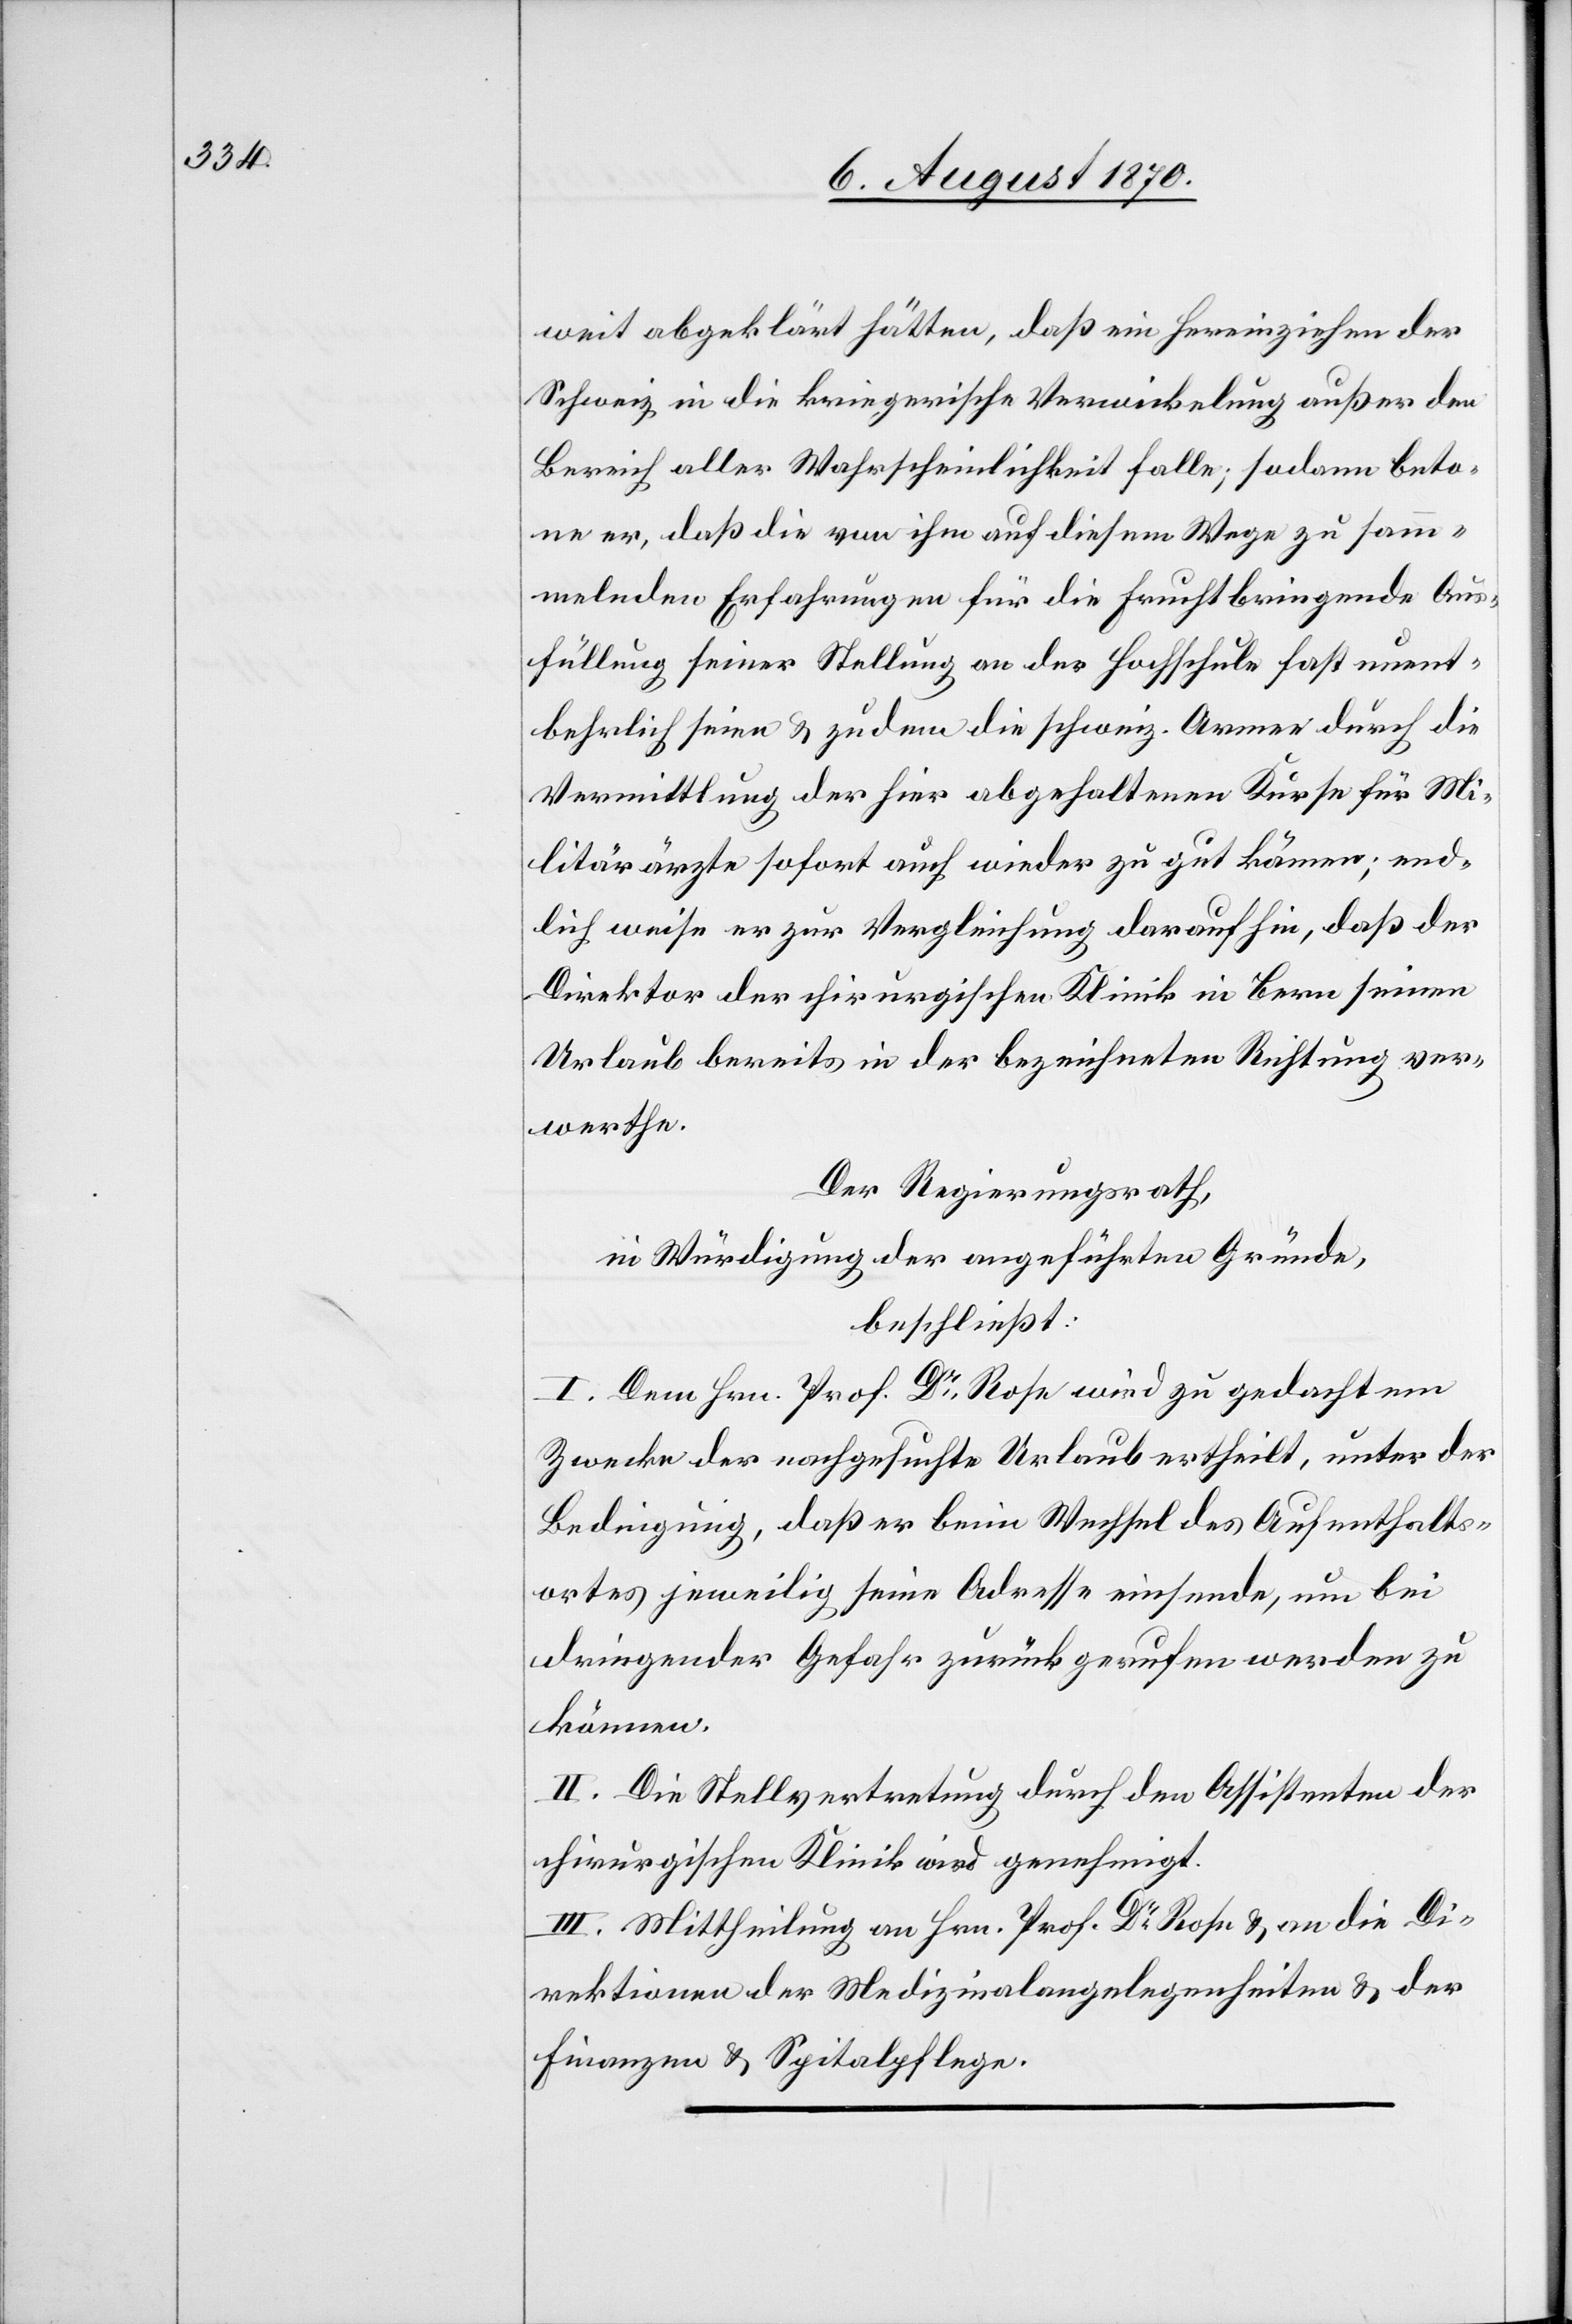
weit abgeklärt hätten, daß ein Hereinziehen der
Schweiz in die kriegerische Verwickelung außer den
Bereich aller Wahrscheinlichkeit falle; sodann beto¬
ne er, daß die von ihm auf diesem Wege zu sam¬
melnden Erfahrungen für die fruchtbringende Aus¬
füllung seiner Stellung an der Hochschule fast unent¬
behrlich seien & zudem die schweiz. Armee durch die
Vermittlung der hier abgehaltenen Kurse für Mi¬
litärärzte sofort auch wieder zu gut kämen
endlich weise er zur Vergleichung darauf hin, daß der
Direktor der chirurgischen Klinik in Bern seinen
Urlaub bereits in der bezeichneten Richtung ver¬
werthe.
Der Regierungsrath,
in Würdigung der angeführten Gründe,
beschließt:
I. Dem Hrn. Prof. Dr Rose wird zu gedachtem
Zwecke der nachgesuchte Urlaub ertheilt, unter der
Bedingung, daß er beim Wechsel des Aufenthalts¬
ortes jeweilig seine Adresse einsende, um bei
dringender Gefahr zurückgerufen werden zu
können.
II. Die Stellvertretung durch den Assistenten der
chirurgischen Klinik wird genehmigt.
III. Mittheilung an Hrn. Prof. Dr Rose & an die Di¬
rektionen der Medizinalangelegenheiten & der
Finanzen & Spitalpflege.